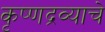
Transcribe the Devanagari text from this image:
कृष्णद्रव्याचे